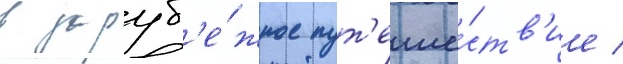
в заруб'е́жное пут'еше́ств'ие /